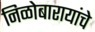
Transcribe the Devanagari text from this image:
निळोबारायांचे